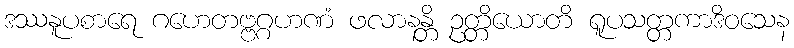
ဒဿနူပစာရေ ဂဟေတဗ္ဗဂ္ဂဟဏံ ဖလာနန္တိ ဥတ္တိယောတိ ရူပသတ္တကာဒိဝသေန